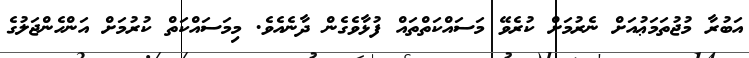
އަބުރާ މުޖުތަމަޢުއަށް ނެރުމަށް ކުރެވޭ މަސައްކަތްތައް ފުޅާވެގެން ދާނެއެވެ. މިމަސައްކަތް ކުރުމަށް އަންހެންޖަލުގެ